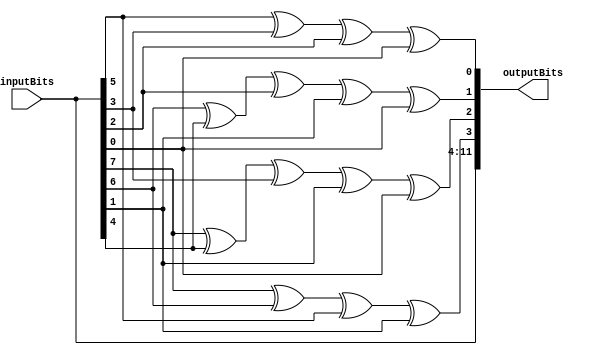
module HammingEncode(inputBits, outputBits);
input wire [7:0] inputBits;
output reg [11:0] outputBits;

always@(*)begin
  outputBits[11:4] = inputBits[7:0];
  outputBits[3] = ((inputBits[7] ^ inputBits[6]) ^ inputBits[5] )^ inputBits[1];
  outputBits[2] = (((inputBits[7] ^ inputBits[4]) ^ inputBits[3] )^ inputBits[1]) ^ inputBits[0];
  outputBits[1] = (((inputBits[6] ^ inputBits[4]) ^ inputBits[2] )^ inputBits[1] ^ inputBits[0]);
  outputBits[0] = ((inputBits[5] ^ inputBits[3]) ^ inputBits[2] )^ inputBits[0];
end

endmodule


module HammingDecode(inputBits, outputBits);
input wire [11:0] inputBits;
output wire [7:0] outputBits;

reg [3:0] check;
reg [11:0] correctedInputBits;

always@(*)begin
    check[3] = (((inputBits[11] ^ inputBits[10] )^ inputBits[9]) ^ inputBits[5]) ^ inputBits[3];
    check[2] = ((((inputBits[11] ^ inputBits[8]) ^ inputBits[7]) ^ inputBits[5]) ^ inputBits[4]) ^ inputBits[2];
    check[1] = ((((inputBits[10] ^ inputBits[8]) ^ inputBits[6]) ^ inputBits[5]) ^ inputBits[4]) ^ inputBits[1];
    check[0] =  (((inputBits[9] ^ inputBits[7]) ^ inputBits[6]) ^ inputBits[4]) ^ inputBits[0];

    case(check[3:0])
        4'b1100: correctedInputBits = {~inputBits[11], inputBits[10:0]};
        4'b1010: correctedInputBits = {inputBits[11], ~inputBits[10], inputBits[9:0]};
        4'b1001: correctedInputBits = {inputBits[11:10], ~inputBits[9], inputBits[8:0]};
        4'b0110: correctedInputBits = {inputBits[11:9], ~inputBits[8], inputBits[7:0]};
        4'b0101: correctedInputBits = {inputBits[11:8], ~inputBits[7], inputBits[6:0]};
        4'b0011: correctedInputBits = {inputBits[11:7], ~inputBits[6], inputBits[5:0]};
        4'b1110: correctedInputBits = {inputBits[11:6], ~inputBits[5], inputBits[4:0]};
        4'b0111: correctedInputBits = {inputBits[11:5], ~inputBits[4], inputBits[3:0]};
        4'b1000: correctedInputBits = {inputBits[11:4], ~inputBits[3], inputBits[2:0]};
        4'b0100: correctedInputBits = {inputBits[11:3], ~inputBits[2], inputBits[1:0]};
        4'b0010: correctedInputBits = {inputBits[11:2], ~inputBits[1], inputBits[0]};
        4'b0001: correctedInputBits = {inputBits[11:1], ~inputBits[0]};
    default:
        correctedInputBits = inputBits;

  endcase
end

assign outputBits = correctedInputBits[11:4];
endmodule